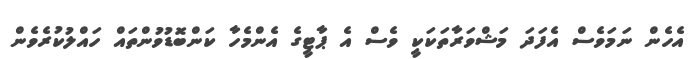
އެހެން ނަމަވެސް އެފަދަ މަޝްވަރާތަކަކީ ވެސް އެ ޕާޓީގެ އެންމެހާ ކަންބޮޑުވުންތައް ހައްލުކުރެވެން